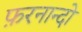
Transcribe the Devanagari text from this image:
फ़रनान्दो